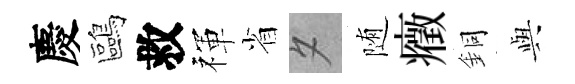
慶鷗救禈省夕随癥銅𫤰